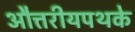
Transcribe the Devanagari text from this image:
औत्तरीयपथके